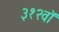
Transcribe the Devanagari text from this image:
३१२वॉ